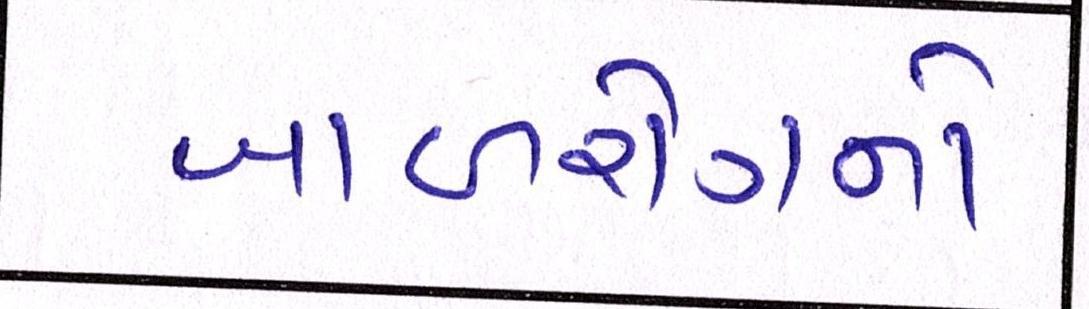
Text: બાળરોગનો